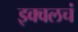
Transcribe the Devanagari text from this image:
इक्वलचं